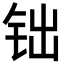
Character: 𨱄